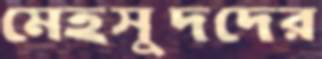
মেহসুদদের